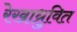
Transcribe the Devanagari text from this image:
रेखाध्रुवित